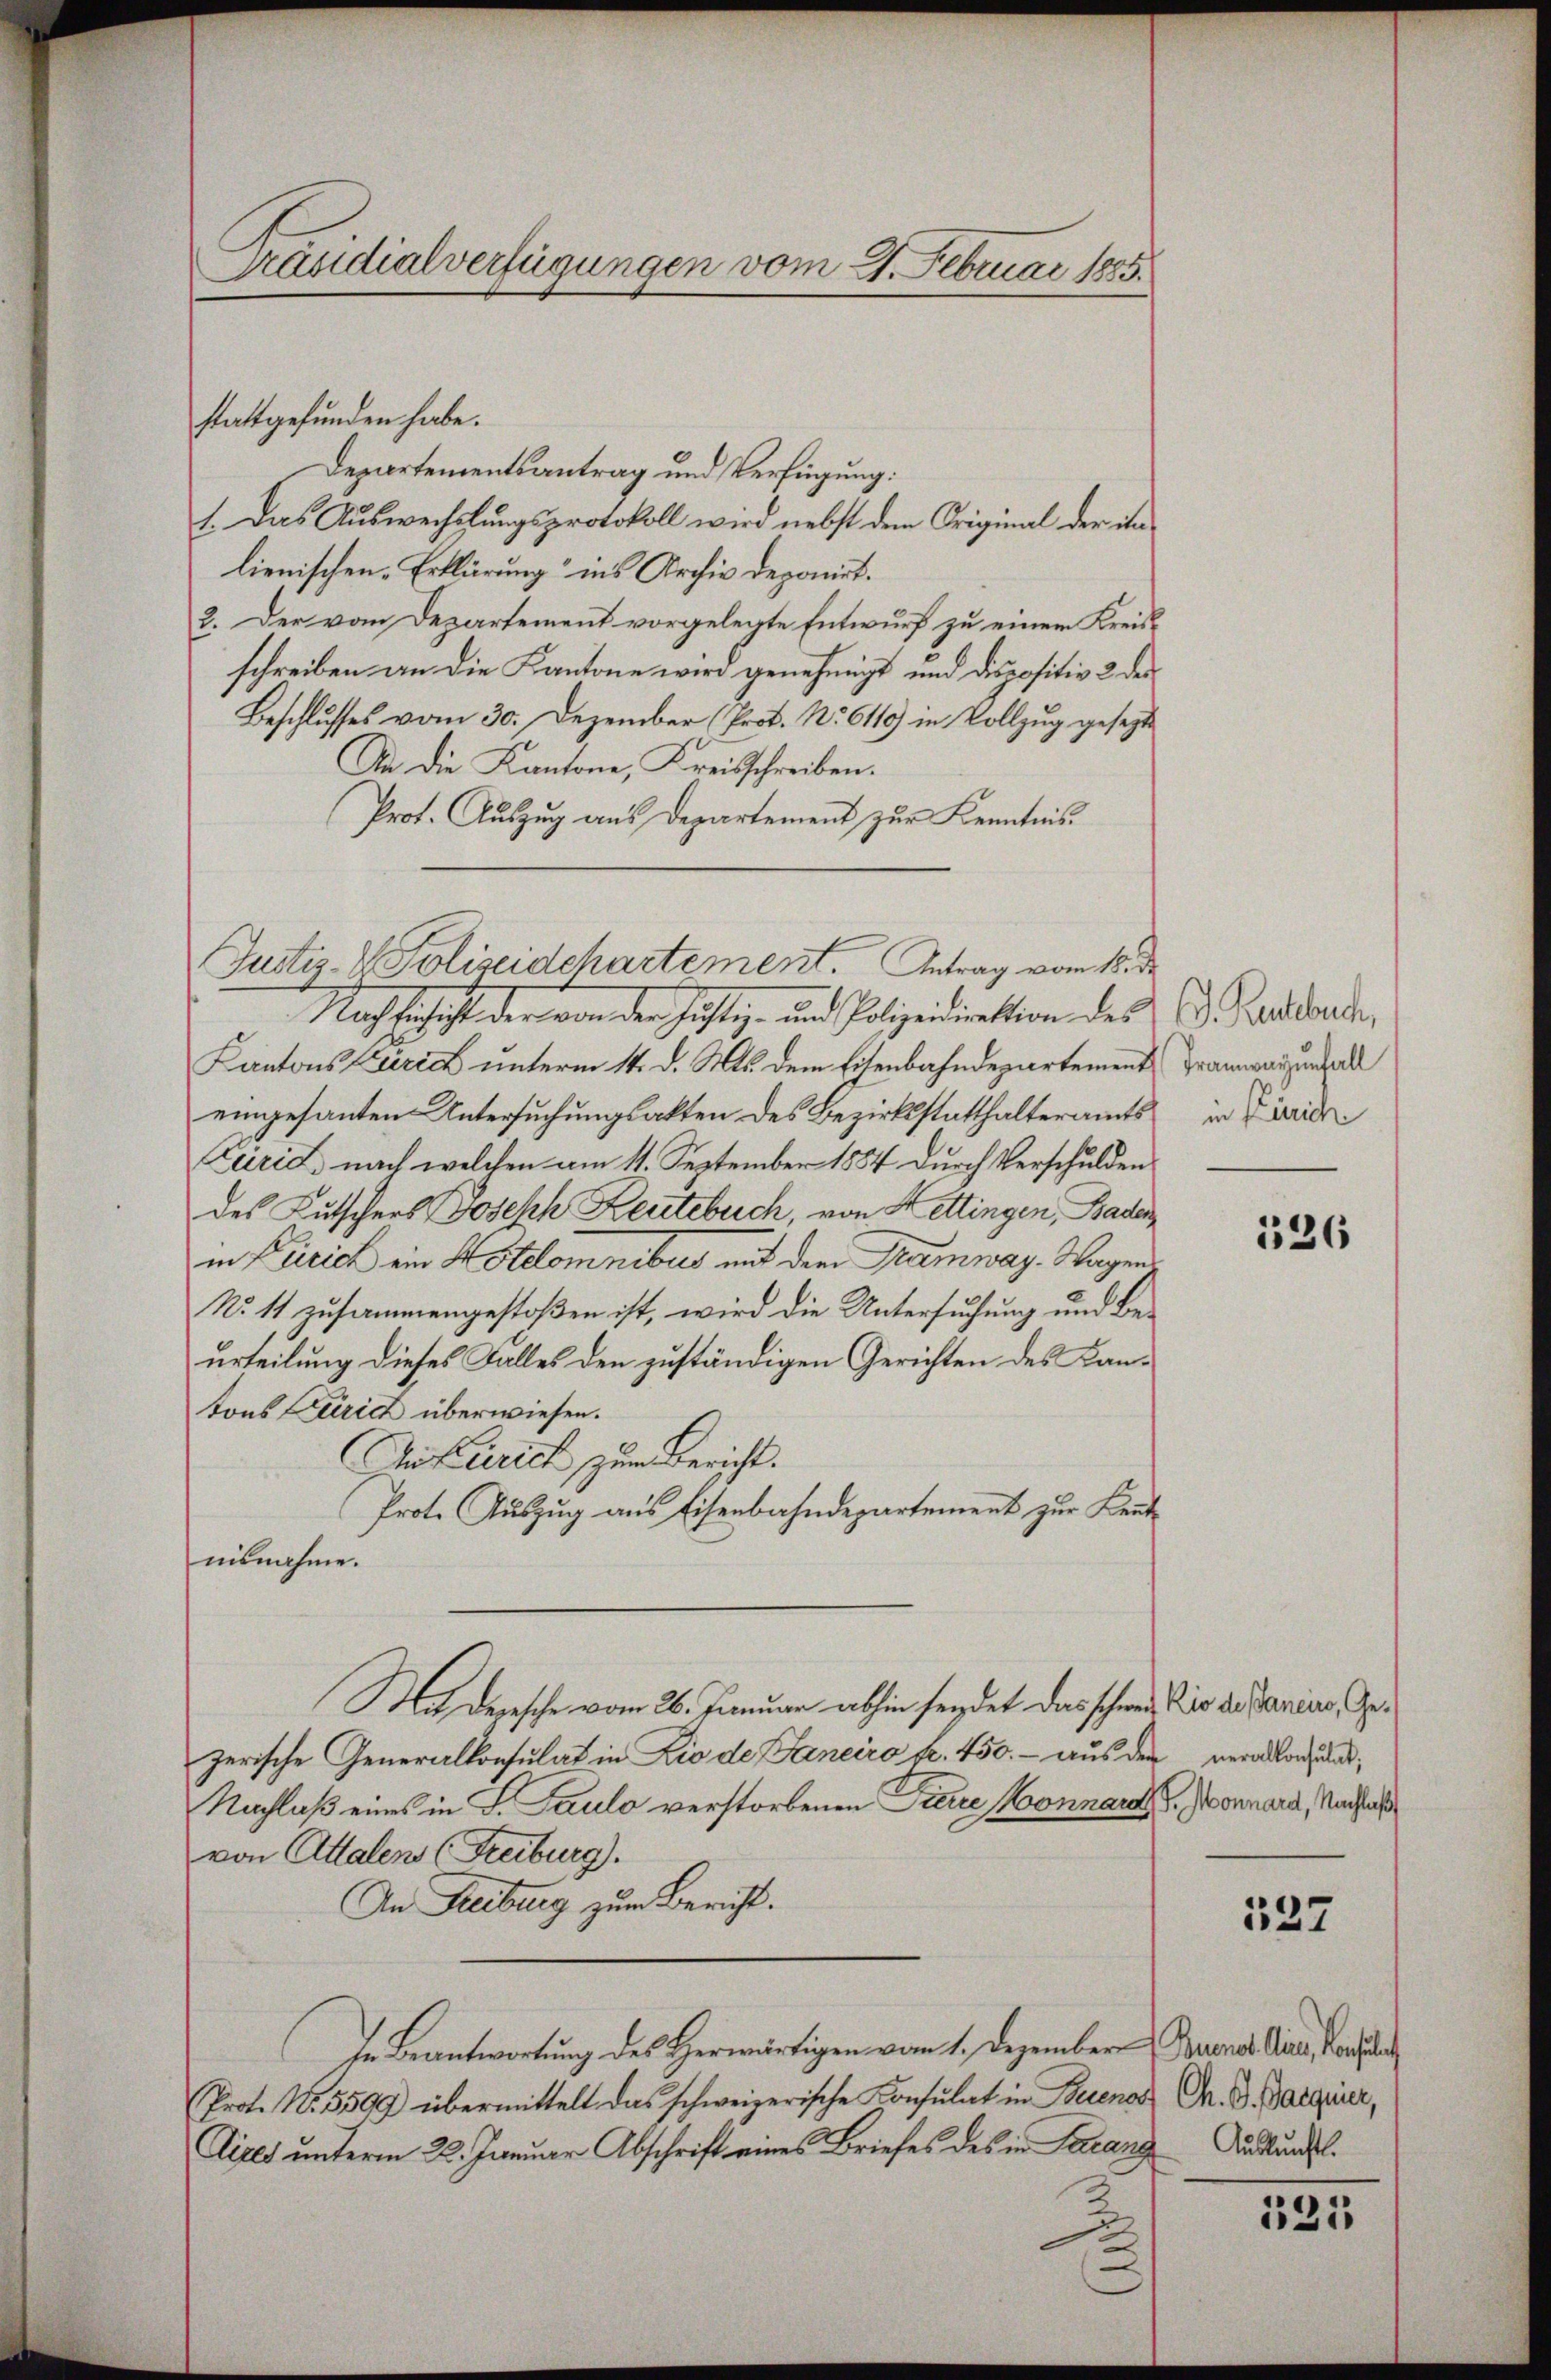
Präsidialverfügungen vom 2. Februar 1885.

stattgefunden habe.
Departementsantrag und Verfügung:
1. Das Auswechslungsprotokoll wird nebst dem Original der ihn
lienischen Erklärung ins Archiv deponirt.
2. Der vom Departement vorgelegte Entwurf zu einem Kreisschreiben an die Kantone wird genehmigt und dispositiv 2. der
Beschlusses vom 30. Dezember (Prot. No 6119) in Vollzug gesezte
An die Kantone, Kreisschreiben.
Prot. Auszug aus Departement zur Kenntnis.
Nach schicht der von der sichtig- und Polizeidiration des
Kantons Zürich unterm 14. d. Mts. dem Eisenbahndepartement Tramwar uns all
eingesanten Untersuchungsakten des Bezirksstatthalteramts in de
Curie nach welchen am 11. September 1854 durch Verschulden
des Kutschers Josehh Leutebuch, von Hettingen, Baden
in Zürich ein Hotelomnibus mit dem Tramway. Wagen
No 11 zusammengestoßen ist, wird die Untersuchung und Beurteilung dieses Falles den zuständigen Gerichten des Kantons Zürich überwiesen.
Auftrich zum Bericht.
Prote Auszug aus Eisenbahndepartement zur Leutnisnahme.
Mat Depesche vom 26. Januar abhin sendet das schweizerische Generalkonsulat in Die de Janeiro fr. 450. - aus der
Nachlaß eines in S. Paulo verstorbenen Pierre Monnant. Sonnard, Nachlaß
von Attalens (Freiburg.
An Freiburg zum Bericht.
In Beantwortung des Herwärtigen vom 1. Dezember Buenos Aires, Pende
Prot. N. 5599 übermittelt das schweizerische Konsulat in Berenes
Cizes unterm 22. Januar Abschrift eines Briefes des in Parang Auskundl

Justiz- & Polizeidchartement. Antrag vom 18. de

(d. Bachbuch,

136

Rio des aneiro, Generalkonsulat,

137

Ch. S. Parquier,

121